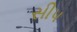
સીપ